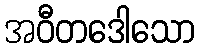
အဝီတဒေါသော